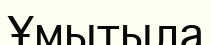
Ұмытыла